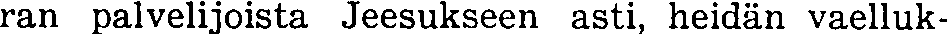
ran palvelijoista Jeesukseen asti, heidän vaelluk-